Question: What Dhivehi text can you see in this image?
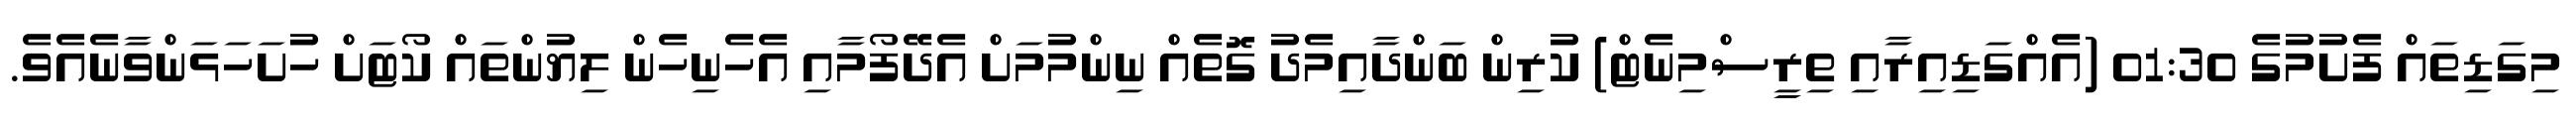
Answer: މިގަޑިތައް ފެށުމުގެ 01:30 (އެއްގަޑިއިރާއި ތިރީސްމިނެޓް) ކުރިން ބަންދާއިމެދު ގޮތެއް ނިންމުމަށް އެދޭފޯމާއި އެހެނިހެން ލިޔުންތައް ކޯޓަށް ހުށަހަޅަންވާނެއެވެ.